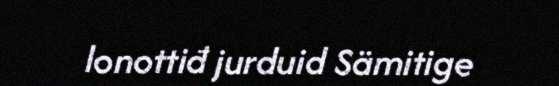
lonottiđ jurduid Sämitige